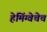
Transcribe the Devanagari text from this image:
हेमिंग्वेचेच